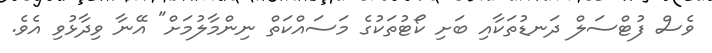
ވެސް ފުޓްސަލް ދަނޑުތަކާއި ބަށި ކޯޓުތަކުގެ މަސައްކަތް ނިންމާލުމަށް" އޭނާ ވިދާޅުވި އެވެ.